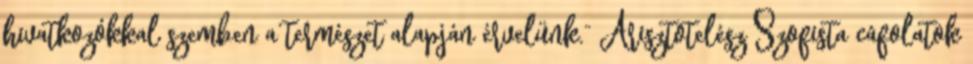
hivatkozókkal szemben a természet alapján érvelünk.” Arisztotelész Szofista cáfolatok